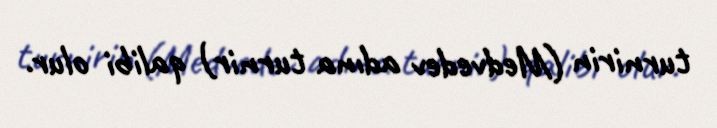
turnirin (Medvedev adına turnir) qalibi olur.